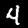
Digit: 4